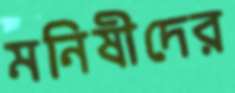
মনিষীদের